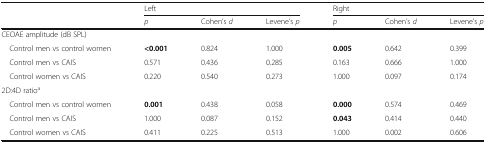
<table><thead><tr><td rowspan="2"></td><td colspan="3"><b>Left</b></td><td colspan="3"><b>Right</b></td></tr><tr><td><b><i>p</i></b></td><td><b>Cohen’s <i>d</i></b></td><td><b>Levene’s <i>p</i></b></td><td><b><i>p</i></b></td><td><b>Cohen’s <i>d</i></b></td><td><b>Levene’s <i>p</i></b></td></tr></thead><tbody><tr><td colspan="7">CEOAE amplitude (dB SPL)</td></tr><tr><td> Control men vs control women</td><td><b>&lt;0.001</b></td><td>0.824</td><td>1.000</td><td><b>0.005</b></td><td>0.642</td><td>0.399</td></tr><tr><td> Control men vs CAIS</td><td>0.571</td><td>0.436</td><td>0.285</td><td>0.163</td><td>0.666</td><td>1.000</td></tr><tr><td> Control women vs CAIS</td><td>0.220</td><td>0.540</td><td>0.273</td><td>1.000</td><td>0.097</td><td>0.174</td></tr><tr><td colspan="7">2D:4D ratio<sup>a</sup></td></tr><tr><td> Control men vs control women</td><td><b>0.001</b></td><td>0.438</td><td>0.058</td><td><b>0.000</b></td><td>0.574</td><td>0.469</td></tr><tr><td> Control men vs CAIS</td><td>1.000</td><td>0.087</td><td>0.152</td><td><b>0.043</b></td><td>0.414</td><td>0.440</td></tr><tr><td> Control women vs CAIS</td><td>0.411</td><td>0.225</td><td>0.513</td><td>1.000</td><td>0.002</td><td>0.606</td></tr></tbody></table>